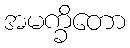
အမက္ခိတော